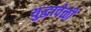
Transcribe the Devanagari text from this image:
युद्धावेळी